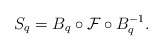
\begin{align*}S_q = B_q \circ \mathcal F \circ B_q^{-1}.\end{align*}